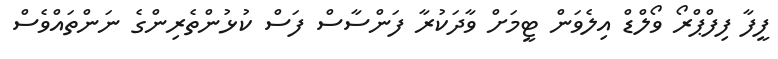
ފީފާ ފިފްޕްރޯ ވޯލްޑް އިލެވަން ޓީމަށް ވާދަކުރާ ފަންސާސް ފަސް ކުޅުންތެރިންގެ ނަންތައްވެސް